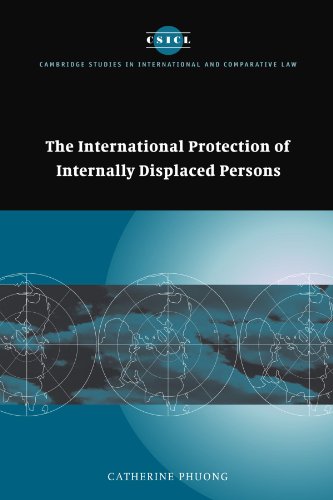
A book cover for The International Protection of Internally Displaced Persons (Cambridge Studies in International and Comparative Law); Catherine Phuong; Law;